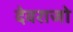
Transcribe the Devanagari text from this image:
देवराजो